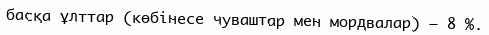
басқа ұлттар (көбінесе чуваштар мен мордвалар) — 8 %.